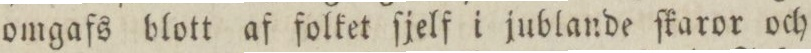
omgafs blott af folket ſjelf i jublande ſkaror och